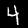
Digit: 4